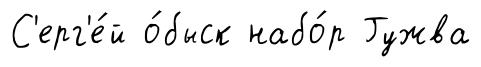
С'ерг'е́й о́быск набо́р Гужва